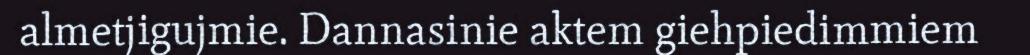
almetjigujmie. Dannasinie aktem giehpiedimmiem